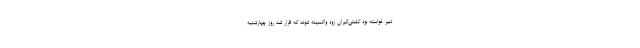
دبیر خواسته بود کشتی‌گیران زود واکسینه شوند که قرار شد روز چهارشنبه